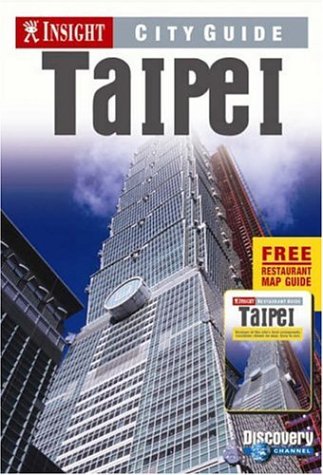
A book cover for Taipei Insight City Guide (Insight City Guides); unknown; Travel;